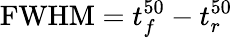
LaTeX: \mathrm{FWHM}=t_{f}^{50}-t_{r}^{50}